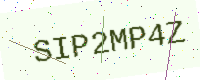
Text: SIP2MP4Z